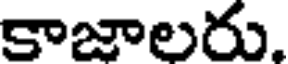
కాజాలరు.